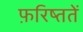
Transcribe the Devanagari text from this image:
फ़रिष्ततें